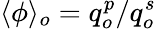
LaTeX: \langle\phi\rangle_{o}=q_{o}^{p}/q_{o}^{s}